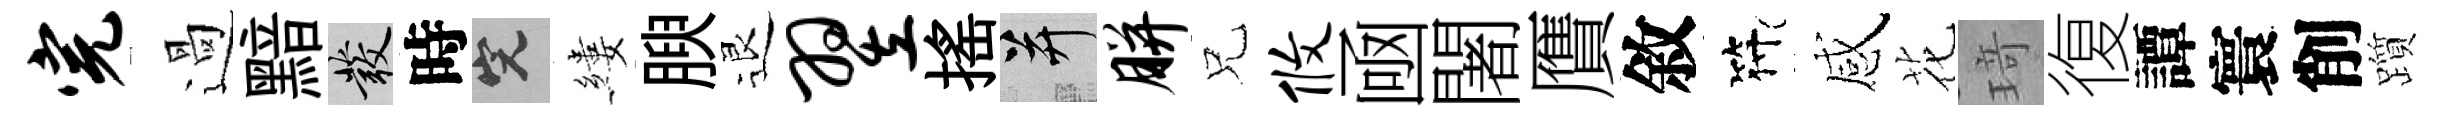
完過黯發時完縷腴退翌揺并胼兄攸凾闍贋敘符感花𤦺復譚寰削躓